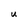
Character: U